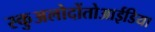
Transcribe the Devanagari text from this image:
स्कुअलोदोंतोआईडिया